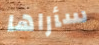
سأراها